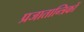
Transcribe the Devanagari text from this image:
प्रजातान्त्रिकों